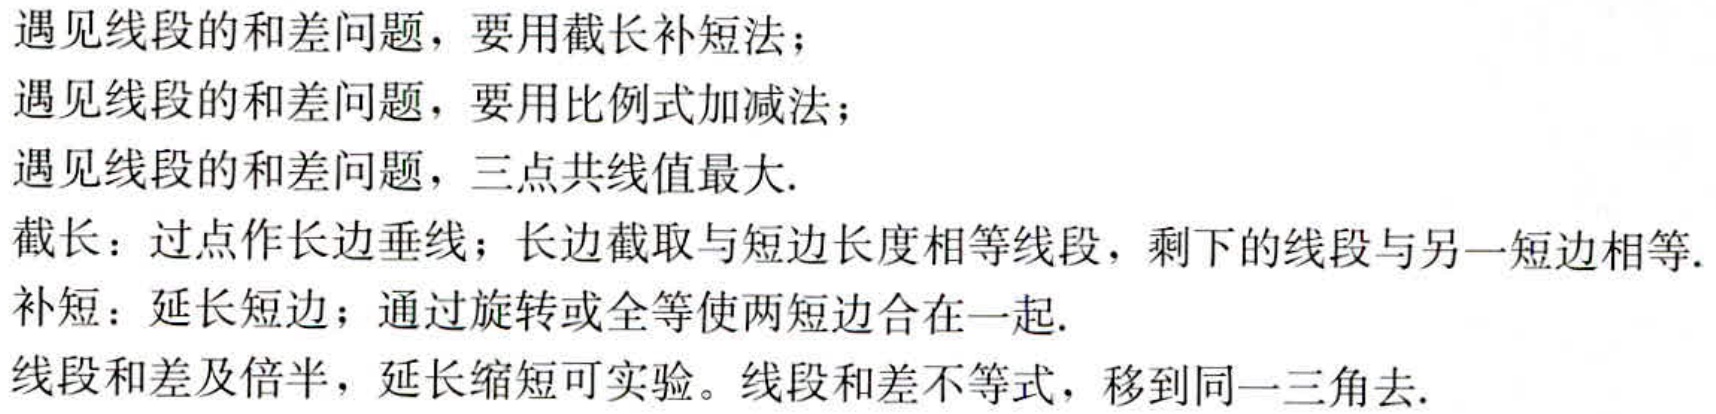
遇见线段的和差问题，要用截长补短法；

遇见线段的和差问题，要用比例式加减法；

遇见线段的和差问题，三点共线值最大.

截长：过点作长边垂线；长边截取与短边长度相等线段，剩下的线段与另一短边相等.

补短：延长短边；通过旋转或全等使两短边合在一起.

线段和差及倍半，延长缩短可实验。线段和差不等式，移到同一三角去.